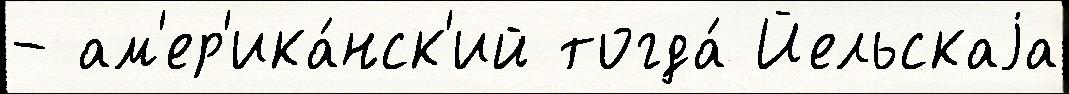
- ам'ер'ика́нск'ий тогда́ Йельскаjа